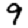
Digit: 9